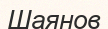
Шаянов